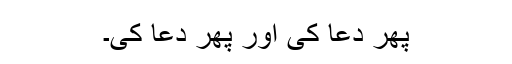
پھر دعا کی اور پھر دعا کی۔